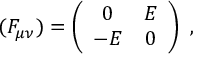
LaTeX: ( F _ { \mu \nu } ) = \left( \begin{array} { c c } { { 0 } } & { { E } } \\ { { - E } } & { { 0 } } \end{array} \right) \ ,